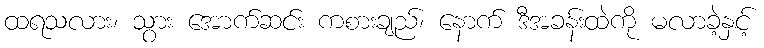
ထရသလား၊ သွား အောက်ဆင်း ကစားချည်၊ နောက် ဒီအခန်းထဲကို မလာခဲ့နှင့်